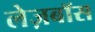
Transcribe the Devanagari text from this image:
लेज़बॉस